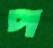
প